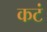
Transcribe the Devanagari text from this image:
कटं